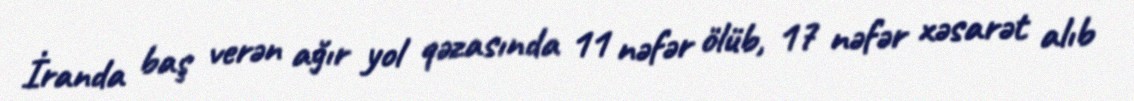
İranda baş verən ağır yol qəzasında 11 nəfər ölüb, 17 nəfər xəsarət alıb